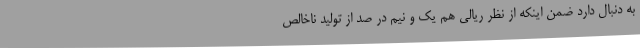
به دنبال دارد ضمن اینکه از نظر ریالی هم یک و نیم در صد از تولید ناخالص